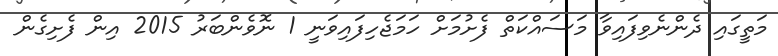
މަތީގައި ދެންނެވިފައިވާ މަސައްކަތް ފެށުމަށް ހަމަޖެހިފައިވަނީ 1 ނޮވެންބަރު 2015 އިން ފެށިގެން